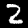
Label: 2